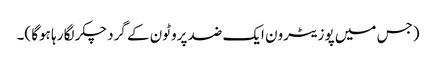
(جس میں پوزیٹرون ایک ضد پروٹون کے گرد چکر لگا رہا ہوگا )۔